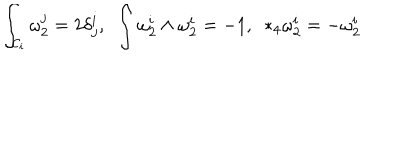
\int _ { { \cal C } _ { i } } \omega _ { 2 } ^ { j } = 2 \delta _ { j } ^ { i } , \, \, \, \int \omega _ { 2 } ^ { i } \wedge \omega _ { 2 } ^ { i } = - 1 , \, \, \, * _ { 4 } \omega _ { 2 } ^ { i } = - \omega _ { 2 } ^ { i }